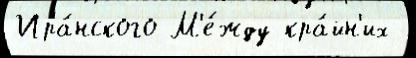
Ира́нского М'е́жду кра́йн'их